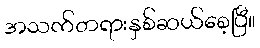
အသက်တရားနှစ်ဆယ်စေ့ပြီ။